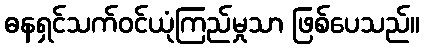
ဓနရှင်သက်ဝင်ယုံကြည်မှုသာ ဖြစ်ပေသည်။